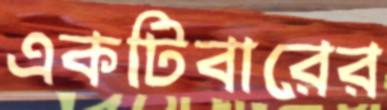
একটিবারের